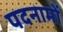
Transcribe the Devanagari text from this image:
पदनामों